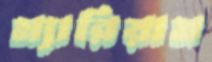
ম্যারিয়াম